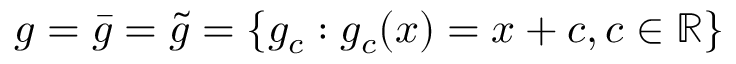
g = { \bar { g } } = { \tilde { g } } = \{ g _ { c } : g _ { c } ( x ) = x + c , c \in \mathbb { R } \}